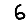
Digit: 6